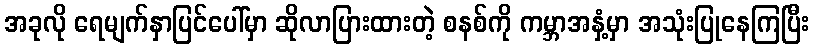
အခုလို ရေမျက်နှာပြင်ပေါ်မှာ ဆိုလာပြားထားတဲ့ စနစ်ကို ကမ္ဘာအနှံ့မှာ အသုံးပြုနေကြပြီး